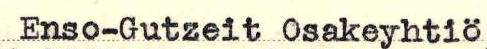
Enso-Gutzeit Osakeyhtiö